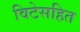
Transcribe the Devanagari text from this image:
विटेसहित